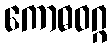
ကောဓဝဂ္ဂ